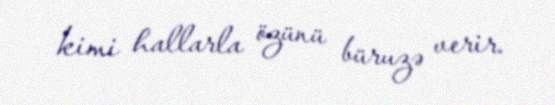
kimi hallarla özünü büruzə verir.